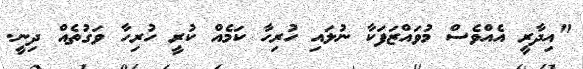
"އިދާރީ އެއްވެސް މުވައްޒަފަކާ ނުލައި ހުރިހާ ކަމެއް ކުރީ ހުރިހާ ވަގުތެއް ދިނީ.